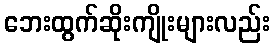
ဘေးထွက်ဆိုးကျိုးများလည်း